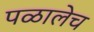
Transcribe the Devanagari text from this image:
पळालेच